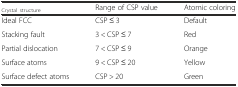
<table><thead><tr><td><b><sub>Crystal structure</sub></b></td><td><b>Range of CSP value</b></td><td><b>Atomic coloring</b></td></tr></thead><tbody><tr><td>Ideal FCC</td><td>CSP ≤ 3</td><td>Default</td></tr><tr><td>Stacking fault</td><td>3 &lt; CSP ≤ 7</td><td>Red</td></tr><tr><td>Partial dislocation</td><td>7 &lt; CSP ≤ 9</td><td>Orange</td></tr><tr><td>Surface atoms</td><td>9 &lt; CSP ≤ 20</td><td>Yellow</td></tr><tr><td>Surface defect atoms</td><td>CSP &gt; 20</td><td>Green</td></tr></tbody></table>